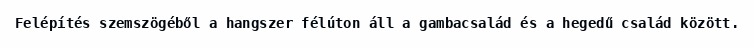
Felépítés szemszögéből a hangszer félúton áll a gambacsalád és a hegedű család között.